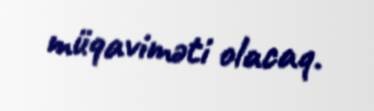
müqaviməti olacaq.